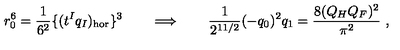
r _ { 0 } ^ { 6 } = { \frac { 1 } { 6 ^ { 2 } } } \{ ( t ^ { I } q _ { I } ) _ { \mathrm { h o r } } \} ^ { 3 } \qquad \Longrightarrow \qquad { \frac { 1 } { 2 ^ { 1 1 / 2 } } } ( - q _ { 0 } ) ^ { 2 } q _ { 1 } = { \frac { 8 ( Q _ { H } Q _ { F } ) ^ { 2 } } { \pi ^ { 2 } } } \ ,